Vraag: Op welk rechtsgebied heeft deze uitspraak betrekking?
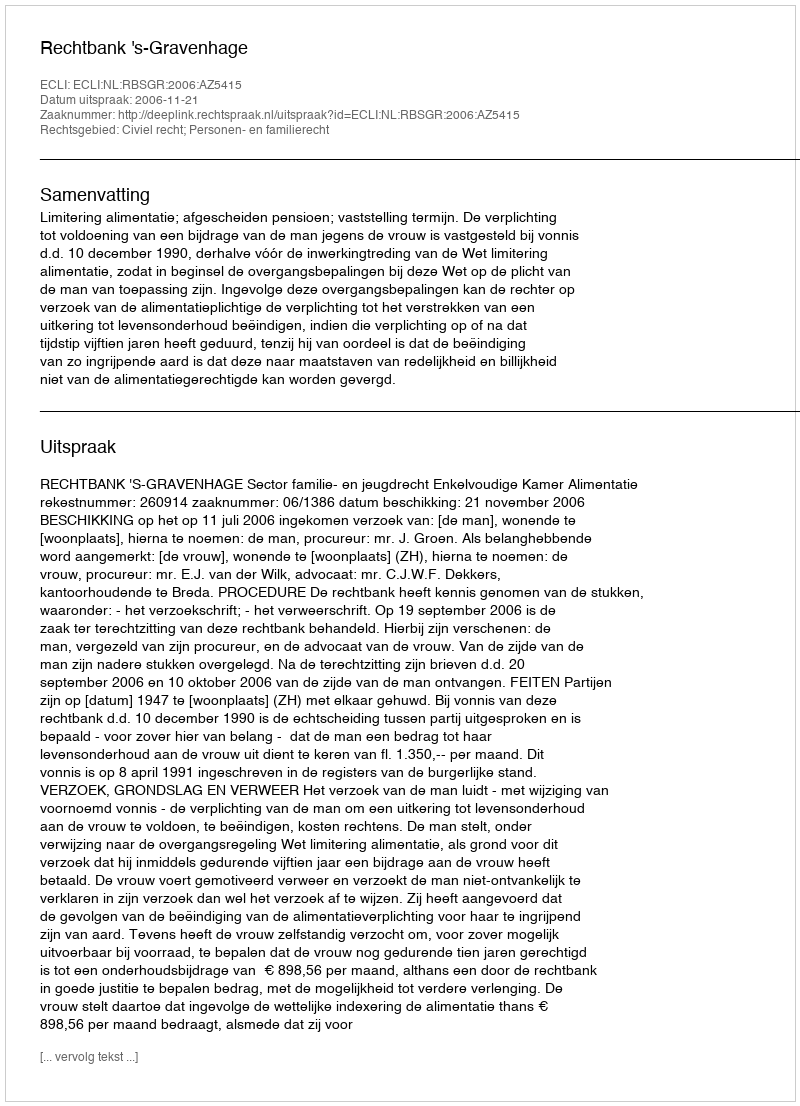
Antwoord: Civiel recht; Personen- en familierecht